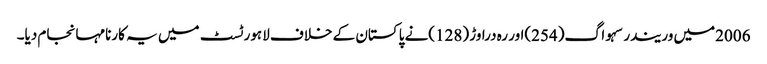
2006میں وریندر سہواگ(254)اور رہ دراوڑ (128)نے پاکستان کے خلاف لاہور ٹسٹ میں یہ کارنامہانجام دیا۔